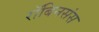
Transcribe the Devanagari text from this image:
रॉबिनसंस